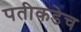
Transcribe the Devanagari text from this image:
पतीकडेच